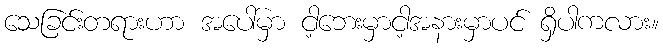
သေခြင်းတရားဟာ အပေါ်မှာ ငါ့ဘေးမှာငါ့အနားမှာပင် ရှိပါကလား။